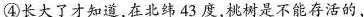
④长大了才知道，在北纬43度，桃树是不能存活的，